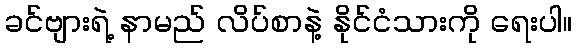
ခင်ဗျားရဲ့ နာမည် လိပ်စာနဲ့ နိုင်ငံသားကို ရေးပါ။